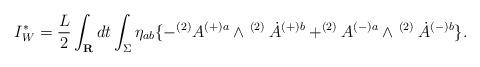
LaTeX: \begin{align*}I^{\ast}_{W}=\frac{L}{2}\int_{\bf R}dt\int_{\Sigma}\eta_{ab}\{-^{(2)}A^{(+)a}\wedge^{\mbox{ }(2)}\dot{A}^{(+)b}+^{(2)}A^{(-)a}\wedge^{\mbox{ }(2)}\dot{A}^{(-)b}\}.\end{align*}